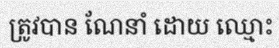
ត្រូវបាន ណែនាំ ដោយ ឈ្មោះ